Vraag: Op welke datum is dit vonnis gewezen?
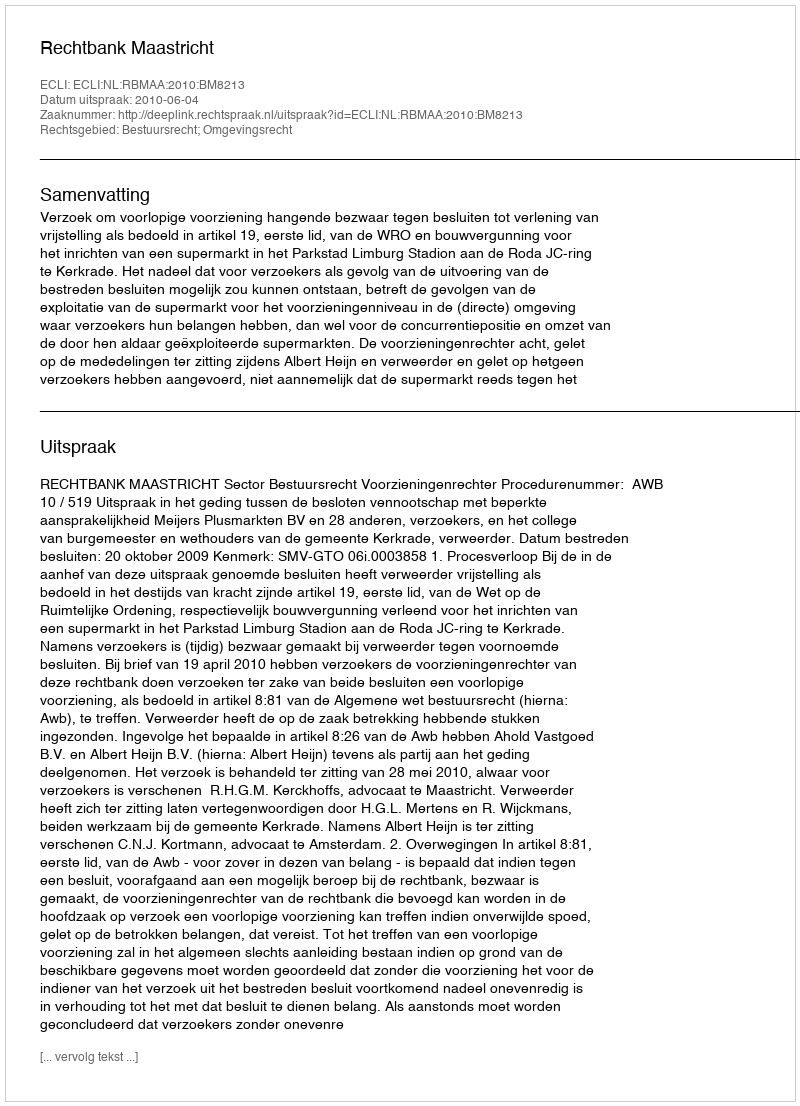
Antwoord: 2010-06-04